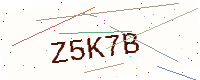
Text: Z5K7B